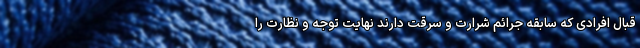
قبال افرادی که سابقه جرائم شرارت و سرقت دارند نهایت توجه و نظارت را